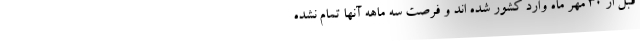
قبل از ۳۰ مهر ماه وارد کشور شده اند و فرصت سه ماهه آنها تمام نشده